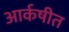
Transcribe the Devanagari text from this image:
आर्कषीत